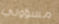
مسؤولي